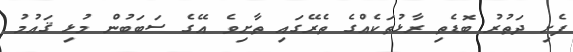
ފެށި ދަތުރު ބޮޑެތި ރާޅުތަކެއްގެ ތެރޭގައި ތާށިވެ އޭގެ ސަބަބުން މުޅި ޤައުމު